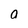
Character: 0